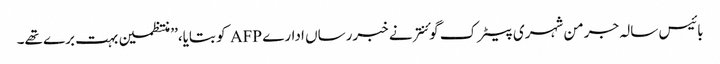
بائیس سالہ جرمن شہری پیٹرک گوئنتر نے خبررساں ادارے AFP کو بتایا،’’ منتظمین بہت برے تھے۔